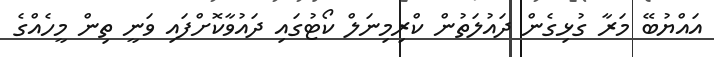
އައްޔުބޭ މަރާ ގުޅިގެން ދައުލަތުން ކްރިމިނަލް ކޯޓުގައި ދައުވާކޮށްފައި ވަނީ ތިން މީހެއްގެ